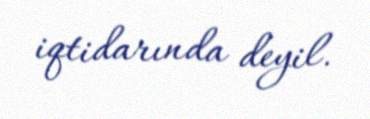
iqtidarında deyil.